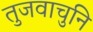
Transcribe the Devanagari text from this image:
तुजवाचुनि